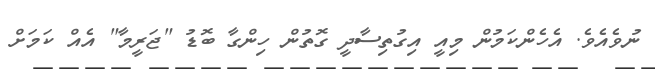
ނުވެއެވެ. އެހެންކަމުން މިއީ އިގުތިސާދީ ގޮތުން ހިންގާ ބޮޑު "ޖަރީމާ" އެއް ކަމަށް